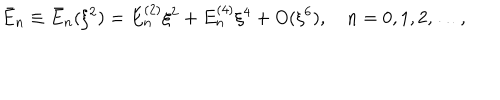
LaTeX: \bar { E } _ { n } \equiv \bar { E } _ { n } ( \xi ^ { 2 } ) = E _ { n } ^ { ( 2 ) } \xi ^ { 2 } + E _ { n } ^ { ( 4 ) } \xi ^ { 4 } + O ( \xi ^ { 6 } ) , \quad n = 0 , 1 , 2 , \dots ,